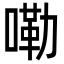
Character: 嘞